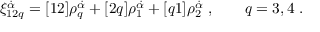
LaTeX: \xi _ { 1 2 q } ^ { \dot { \alpha } } = [ 1 2 ] \rho _ { q } ^ { \dot { \alpha } } + [ 2 q ] \rho _ { 1 } ^ { \dot { \alpha } } + [ q 1 ] \rho _ { 2 } ^ { \dot { \alpha } } \; , \qquad q = 3 , 4 \; .